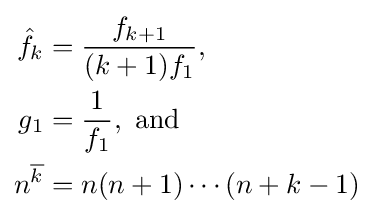
{\begin{aligned}{\hat {f}}_{k}&={\frac {f_{k+1}}{(k+1)f_{1}}},\\g_{1}&={\frac {1}{f_{1}}},{\text{ and}}\\n^{\overline {k}}&=n(n+1)\cdots (n+k-1)\end{aligned}}